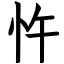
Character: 忤